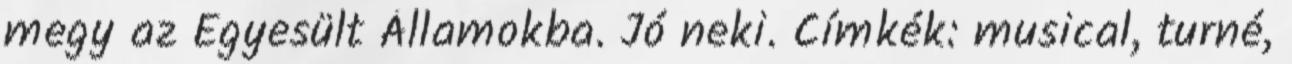
megy az Egyesült Államokba. Jó neki. Címkék: musical, turné,